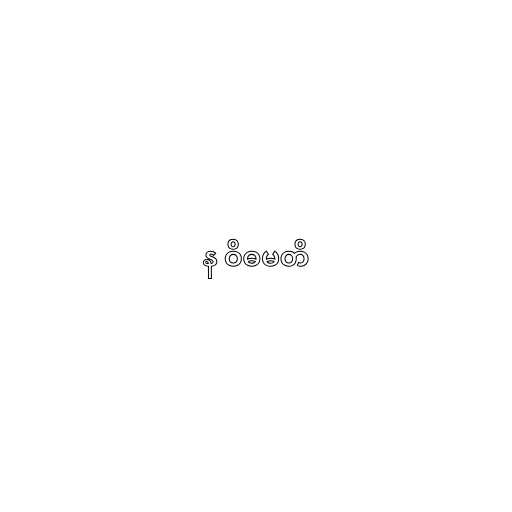
န ဝိဓမတိ